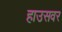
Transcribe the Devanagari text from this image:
हाउसवर